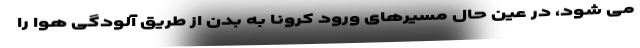
می شود، در عین حال مسیرهای ورود کرونا به بدن از طریق آلودگی هوا را